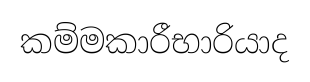
කම්මකාරීභාරියාද